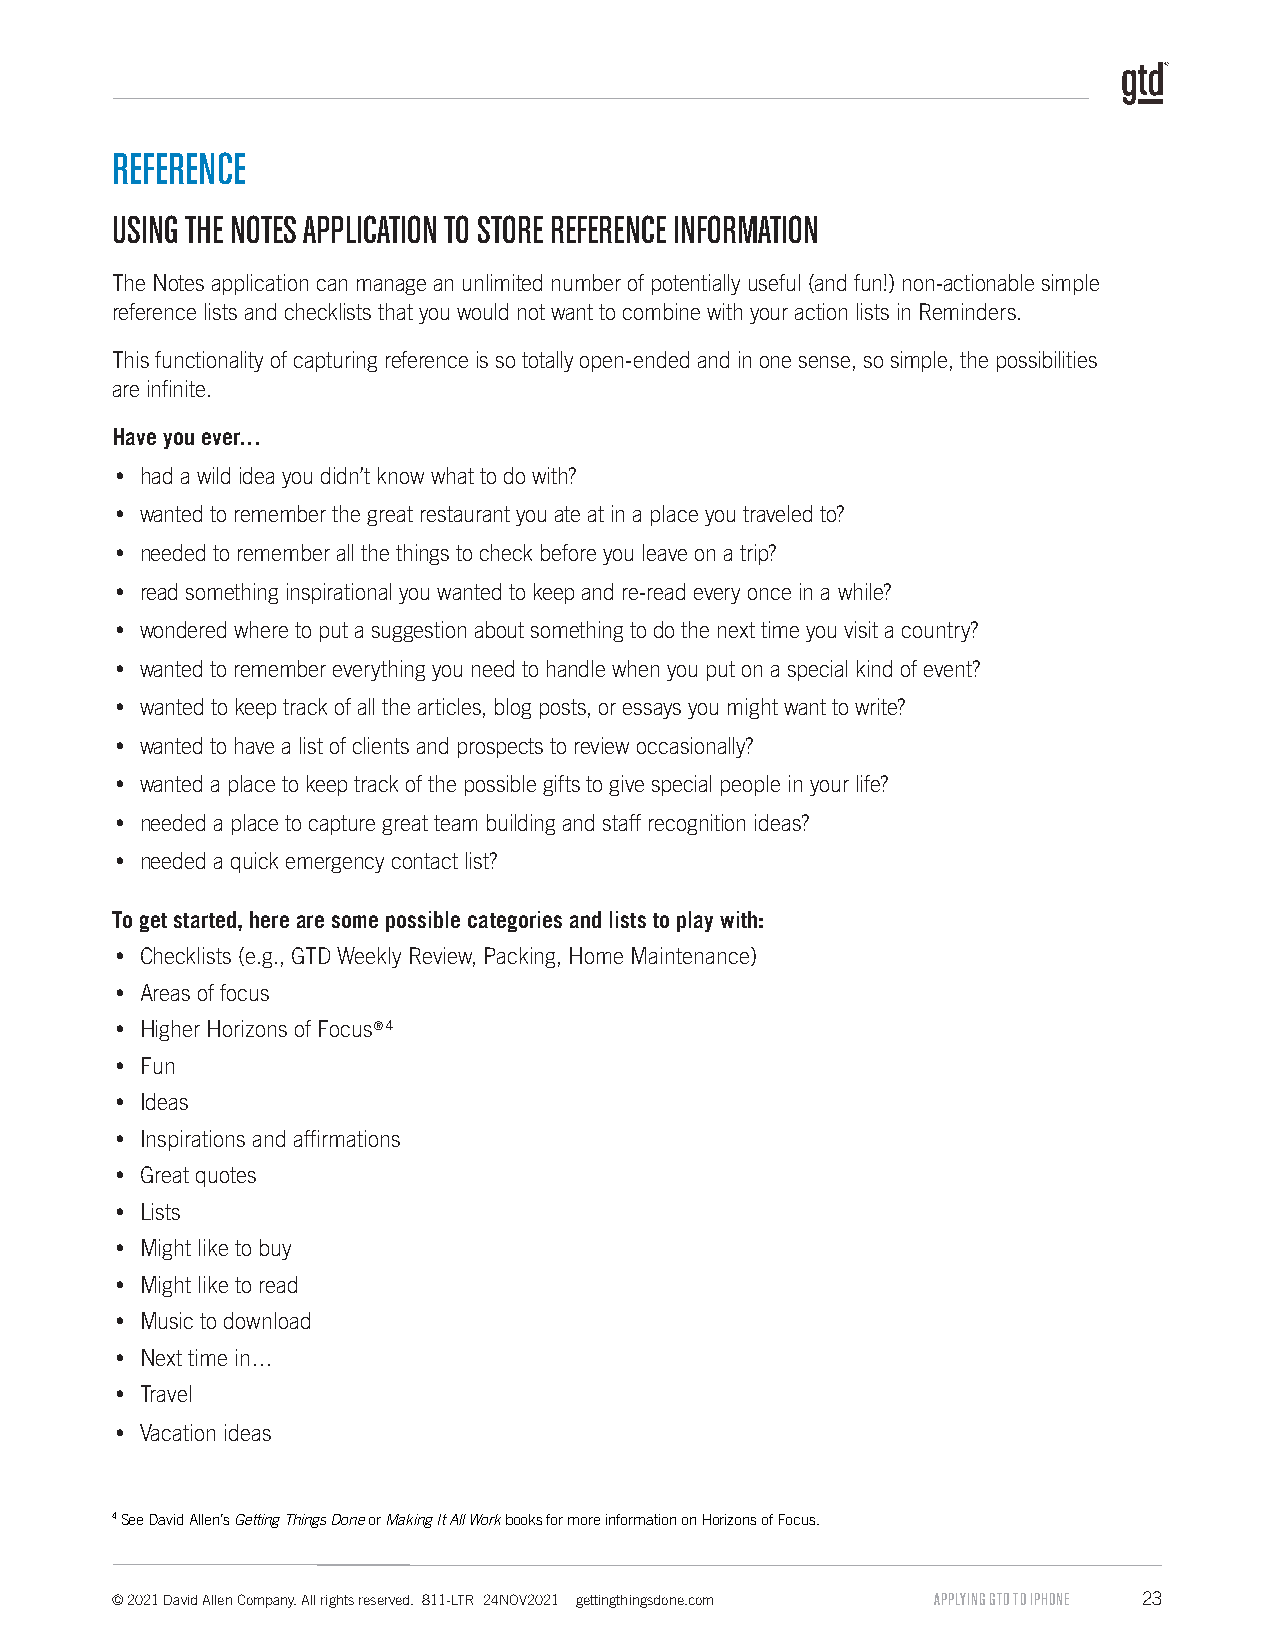
REFERENCE
 USING THE NOTES APPLICATION TO STORE REFERENCE INFORMATION
 The Notes application can manage an unlimited number of potentially useful (and fun!) non-actionable simple
 reference lists and checklists that you would not want to combine with your action lists in Reminders.
 This functionality of capturing reference is so totally open-ended and in one sense, so simple, the possibilities
 are infinite.
 Have you ever…
 y had a wild idea you didn’t know what to do with?
 y wanted to remember the great restaurant you ate at in a place you traveled to?
 y needed to remember all the things to check before you leave on a trip?
 y read something inspirational you wanted to keep and re-read every once in a while?
 y wondered where to put a suggestion about something to do the next time you visit a country?
 y wanted to remember everything you need to handle when you put on a special kind of event?
 y wanted to keep track of all the articles, blog posts, or essays you might want to write?
 y wanted to have a list of clients and prospects to review occasionally?
 y wanted a place to keep track of the possible gifts to give special people in your life?
 y needed a place to capture great team building and staff recognition ideas?
 y needed a quick emergency contact list?
 To get started, here are some possible categories and lists to play with:
 y Checklists (e.g., GTD Weekly Review, Packing, Home Maintenance)
 y Areas of focus
 y Higher Horizons of Focus®4
 y Fun
 y Ideas
 y Inspirations and affirmations
 y Great quotes
 y Lists
 y Might like to buy
 y Might like to read
 y Music to download
 y Next time in…
 y Travel
 y Vacation ideas
 4 See David Allen’s Getting Things Done or Making It All Work books for more information on Horizons of Focus.
 © 2021 David Allen Company. All rights reserved. 811-LTR 24NOV2021 gettingthingsdone.com APPLYING GTD TO IPHONE 23